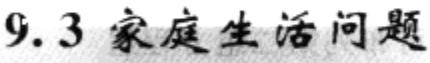
9.3 家庭生活问题